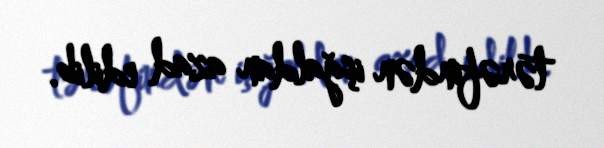
tərəfindən işğaldan azad edilib.